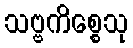
သဗ္ဗကိစ္စေသု